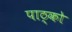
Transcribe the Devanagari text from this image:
पाठ्को